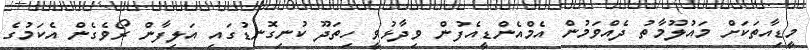
މީޑިއާތަކަށް މައުލޫމާތު ދެއްވަމުން އެމްއެންޑީއެފުން ވިދާޅުވީ ހިތަދޫ ކުނިގޮނޑުގައި އަލިފާން ރޯވެގެން އެކަމުގެ